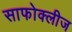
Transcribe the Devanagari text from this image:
साफोक्लीज